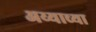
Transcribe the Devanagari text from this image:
अय्याच्या